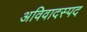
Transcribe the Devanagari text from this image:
अविवादस्पद